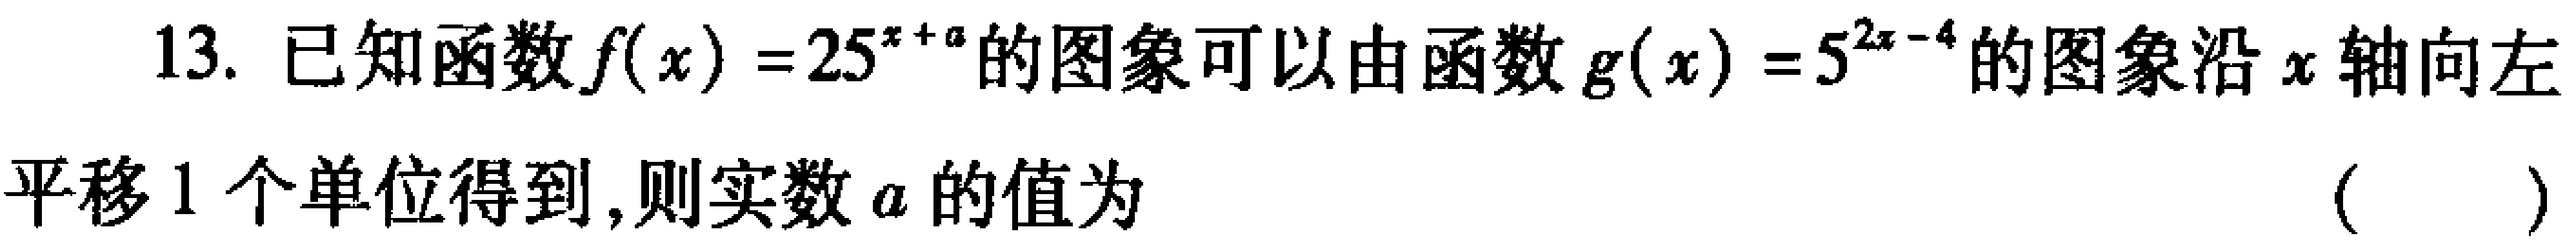
13. 已知函数\(f(x)=25^{x + a}\)的图象可以由函数\(g(x)=5^{2x - 4}\)的图象沿\(x\)轴向左平移\(1\)个单位得到，则实数\(a\)的值为 （  ）